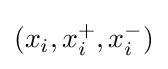
(x_{i},x_{i}^{+},x_{i}^{-})